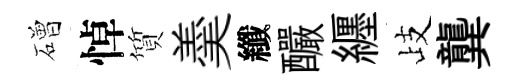
磳悼質羮纖釅纒歧龔